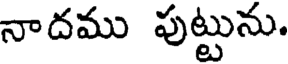
నాదము పుట్టును.